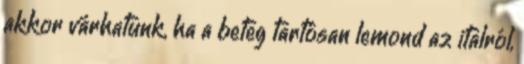
akkor várhatunk, ha a beteg tartósan lemond az italról,